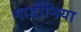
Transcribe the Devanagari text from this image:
गार्डीनिया